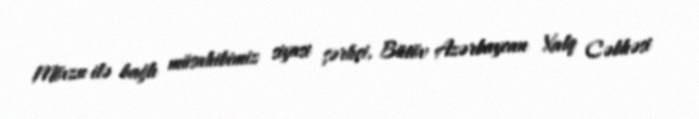
Mövzu ilə bağlı müsahibimiz siyasi şərhçi, Bütöv Azərbaycan Xalq Cəbhəsi